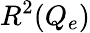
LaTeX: R^{2}(Q_{e})